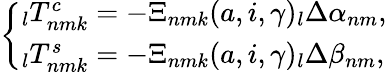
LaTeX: \left\{ \begin{array}{l}{\phantom{}_{l}T_{nmk}^{c}=-\Xi_{nmk}(a,i,\gamma)\phantom{}_{l}\Delta\alpha_{nm},}\\ {\phantom{}_{l}T_{nmk}^{s}=-\Xi_{nmk}(a,i,\gamma)\phantom{}_{l}\Delta\beta_{nm},}\end{array}\right.